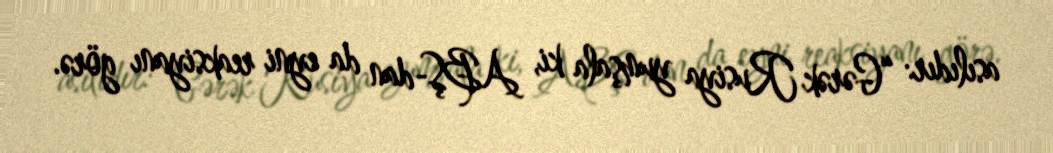
asılıdır: “Gərək Rusiya yumşala ki, ABŞ-dan da eyni reaksiyanı görə.